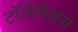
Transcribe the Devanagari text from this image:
टॉलेमियस